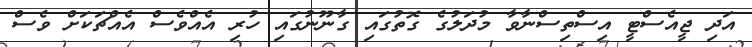
އަދި ޖީއެސްޓީ އިސްތިސްނާވާ މުދަލުގެ ގޮތުގައި ގާނޫނުގައި ހުރި އެއްވެސް އެއްޗަކަށް ވެސް